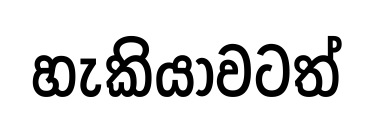
හැකියාවටත්